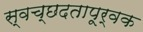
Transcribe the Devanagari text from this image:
स्वच्छदतापूर्वक